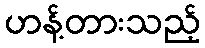
ဟန့်တားသည့်